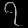
Digit: ၇